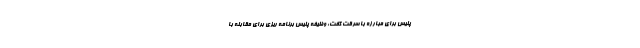
پلیس برای مبارزه با سرقت گفت: وظیفه پلیس برنامه ریزی برای مقابله با